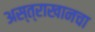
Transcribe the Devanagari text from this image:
अस्त्राखानचा